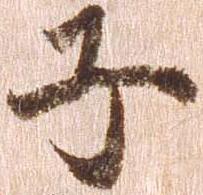
子